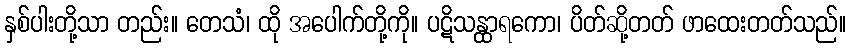
နှစ်ပါးတို့သာ တည်း။ တေသံ၊ ထို အပေါက်တို့ကို။ ပဋိသန္ထာရကော၊ ပိတ်ဆို့တတ် ဖာထေးတတ်သည်။